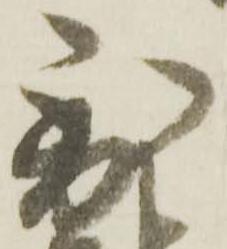
到